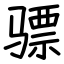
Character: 骠